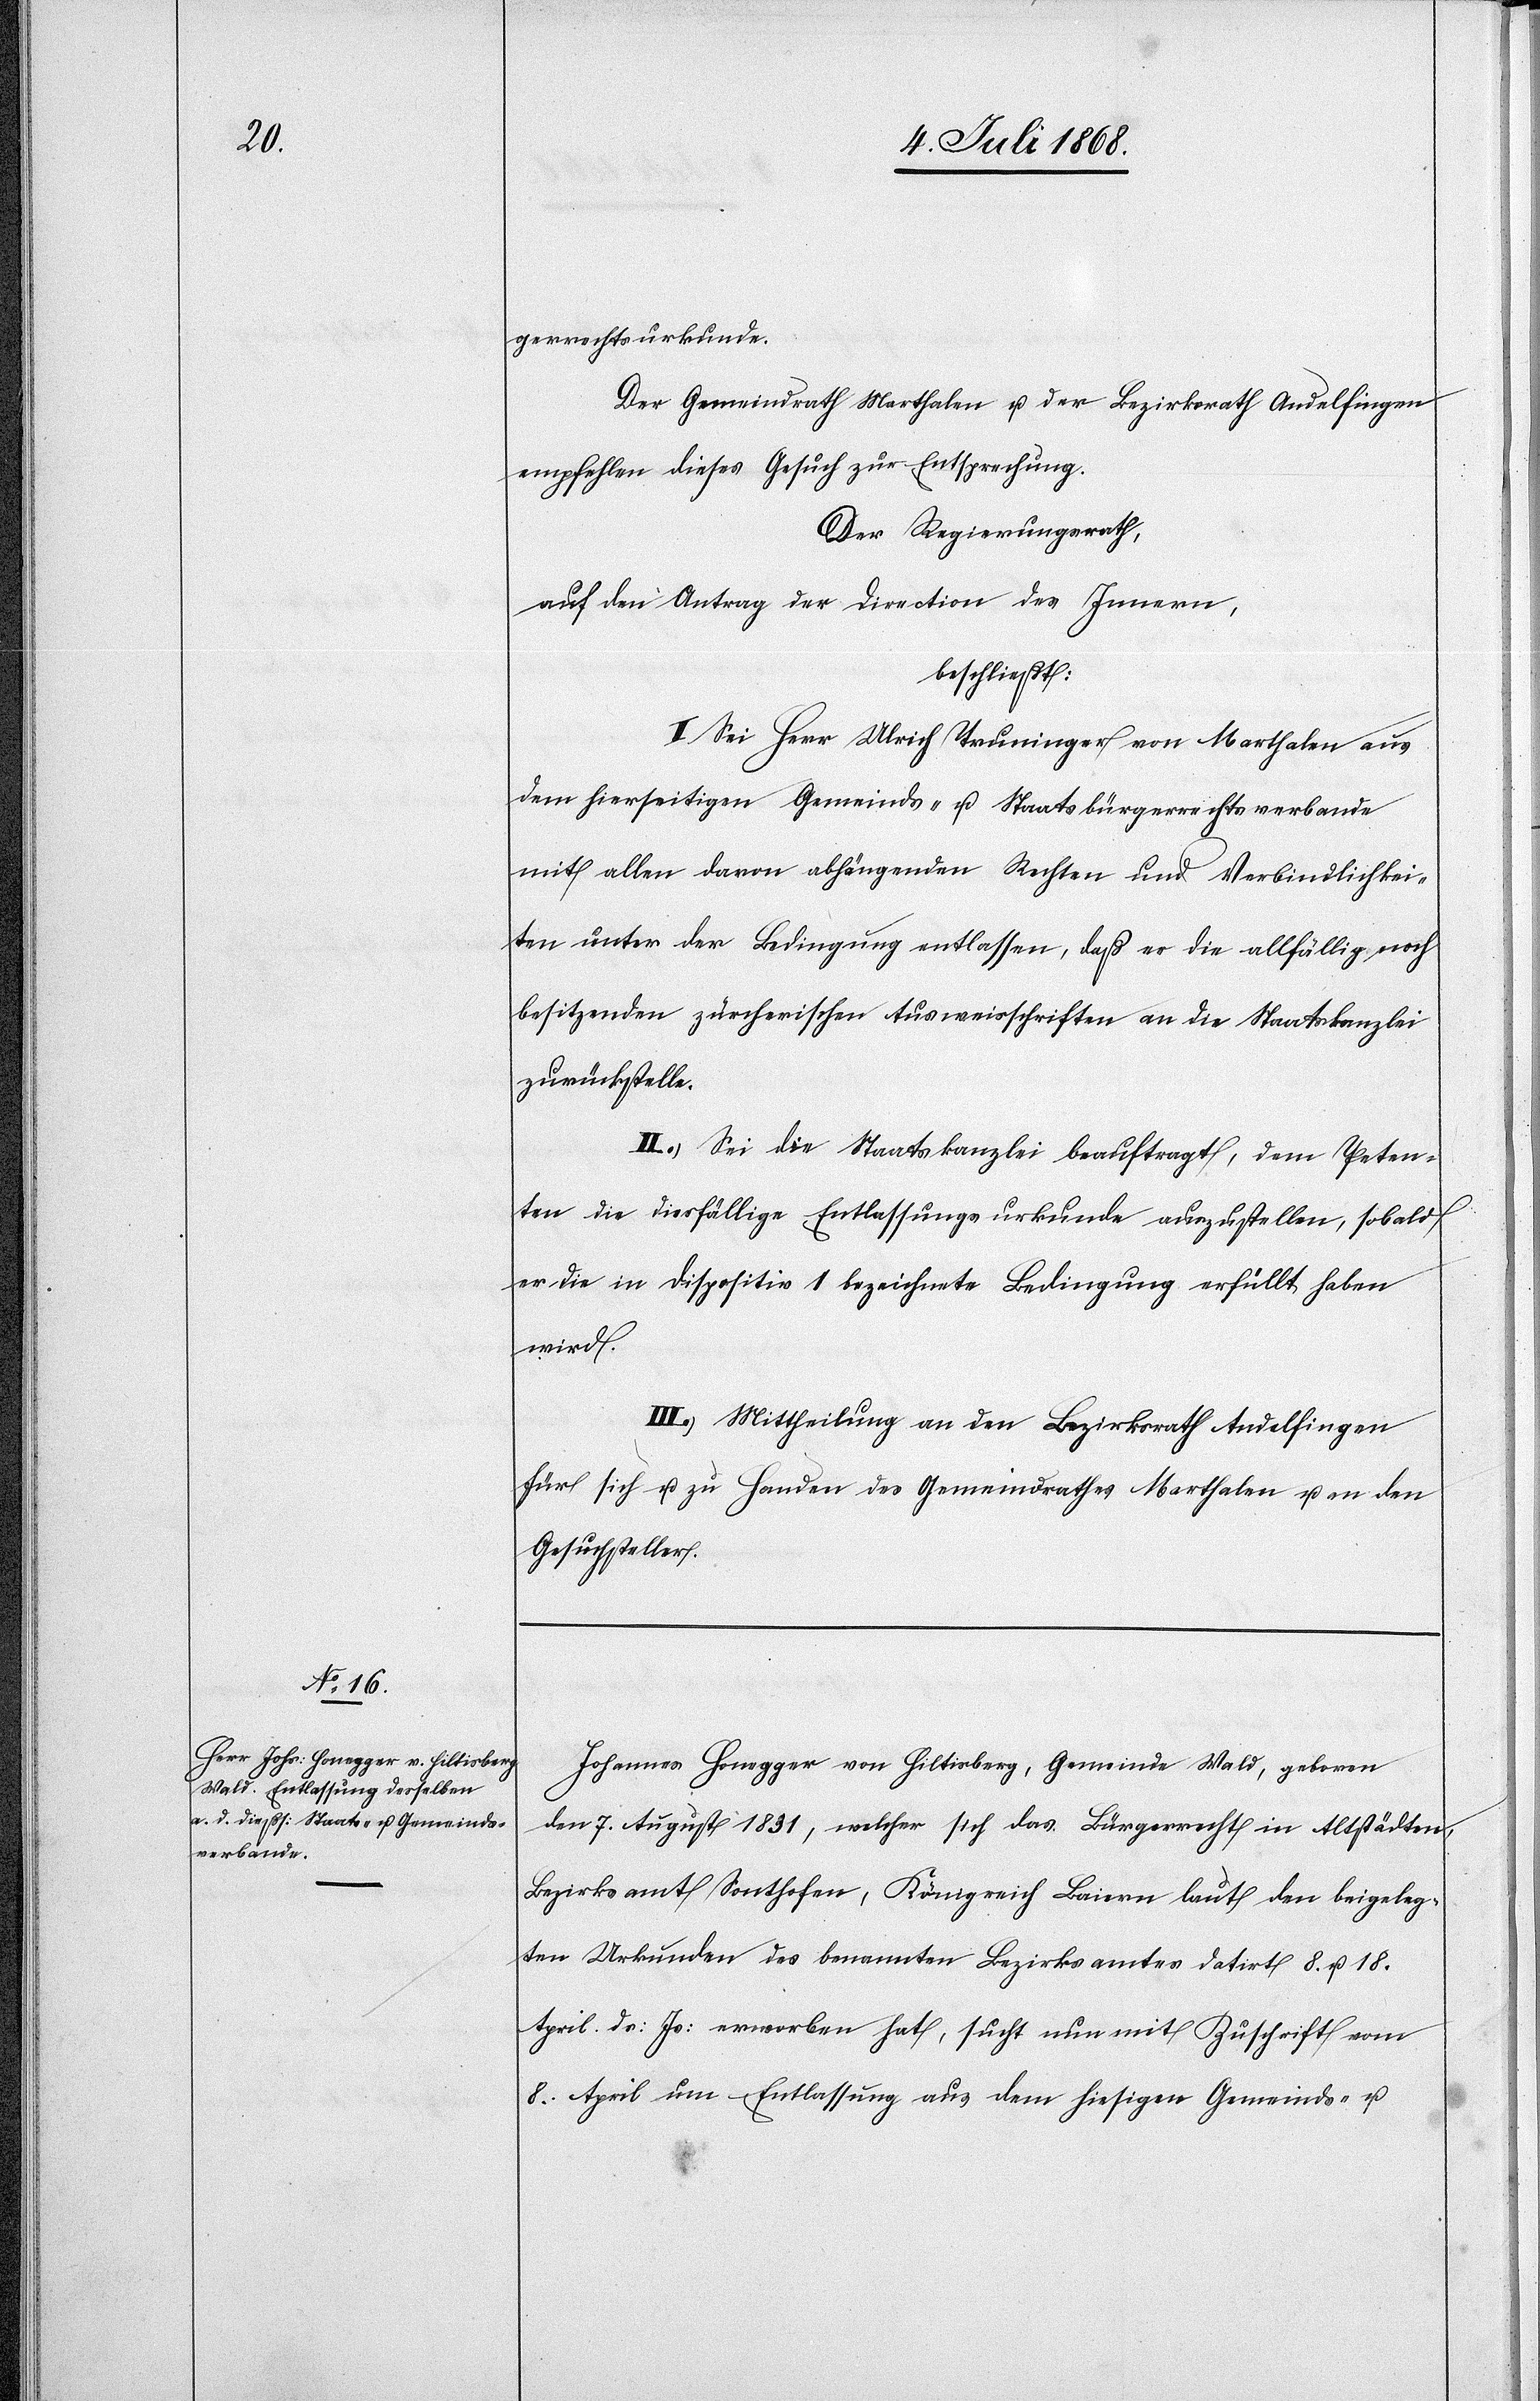
gerrechtsurkunde.
Der Gemeindrath Marthalen u. der Bezirksrath Andelfingen
empfehlen dieses Gesuch zur Entsprechung.
Der Regierungsrath,
auf den Antrag der Direction des Innern,
beschließt:
I.) Sei Herr Ulrich Truninger von Marthalen aus
dem hierseitigen Gemeinds- u. Staatsbürgerrechtsverbande
mit allen davon abhängenden Rechten und Verbindlichkei¬
ten unter der Bedingung entlassen, daß er die allfällig noch
besitzenden zürcherischen Ausweisschriften an die Staatskanzlei
zurückstelle.
II.) Sei die Staatskanzlei beauftragt, dem Peten¬
ten die diesfällige Entlassungsurkunde auszustellen, sobald
er die in Dispositiv 1 bezeichnete Bedingung erfüllt haben
wird.
III.) Mittheilung an den Bezirksrath Andelfingen
für sich u. zu Handen des Gemeindrathes Marthalen u. an den
Gesuchsteller.
Johannes Honegger von Hiltisberg, Gemeinde Wald, geboren
den 7. August 1831, welcher sich das Bürgerrecht in Altstädten,
Bezirksamt Sonthofen, Königreich Baiern laut den beigeleg¬
ten Urkunden des benannten Bezirksamtes datirt 8. u. 18.
April ds: Js: erworben hat, sucht nun mit Zuschrift vom
8. April um Entlassung aus dem hiesigen Gemeinds- u.